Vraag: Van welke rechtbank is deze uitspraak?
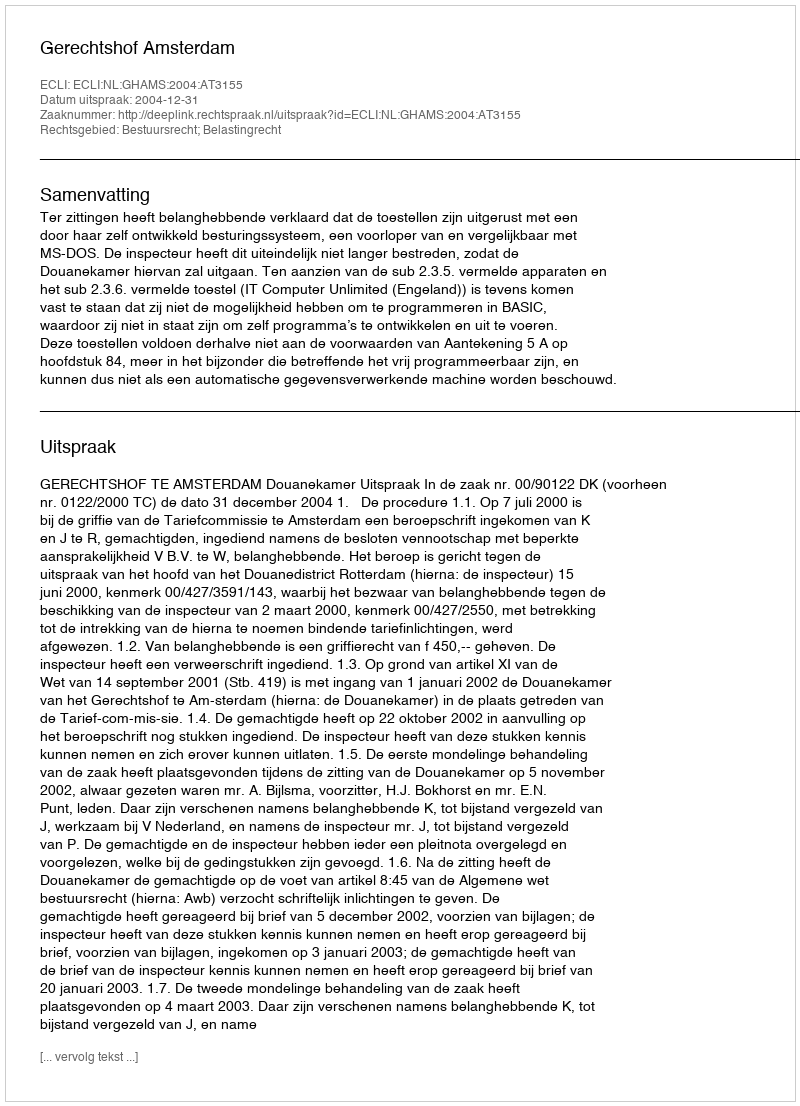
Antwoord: Gerechtshof Amsterdam